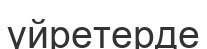
үйретерде